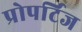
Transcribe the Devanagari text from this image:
प्रोपर्टिज